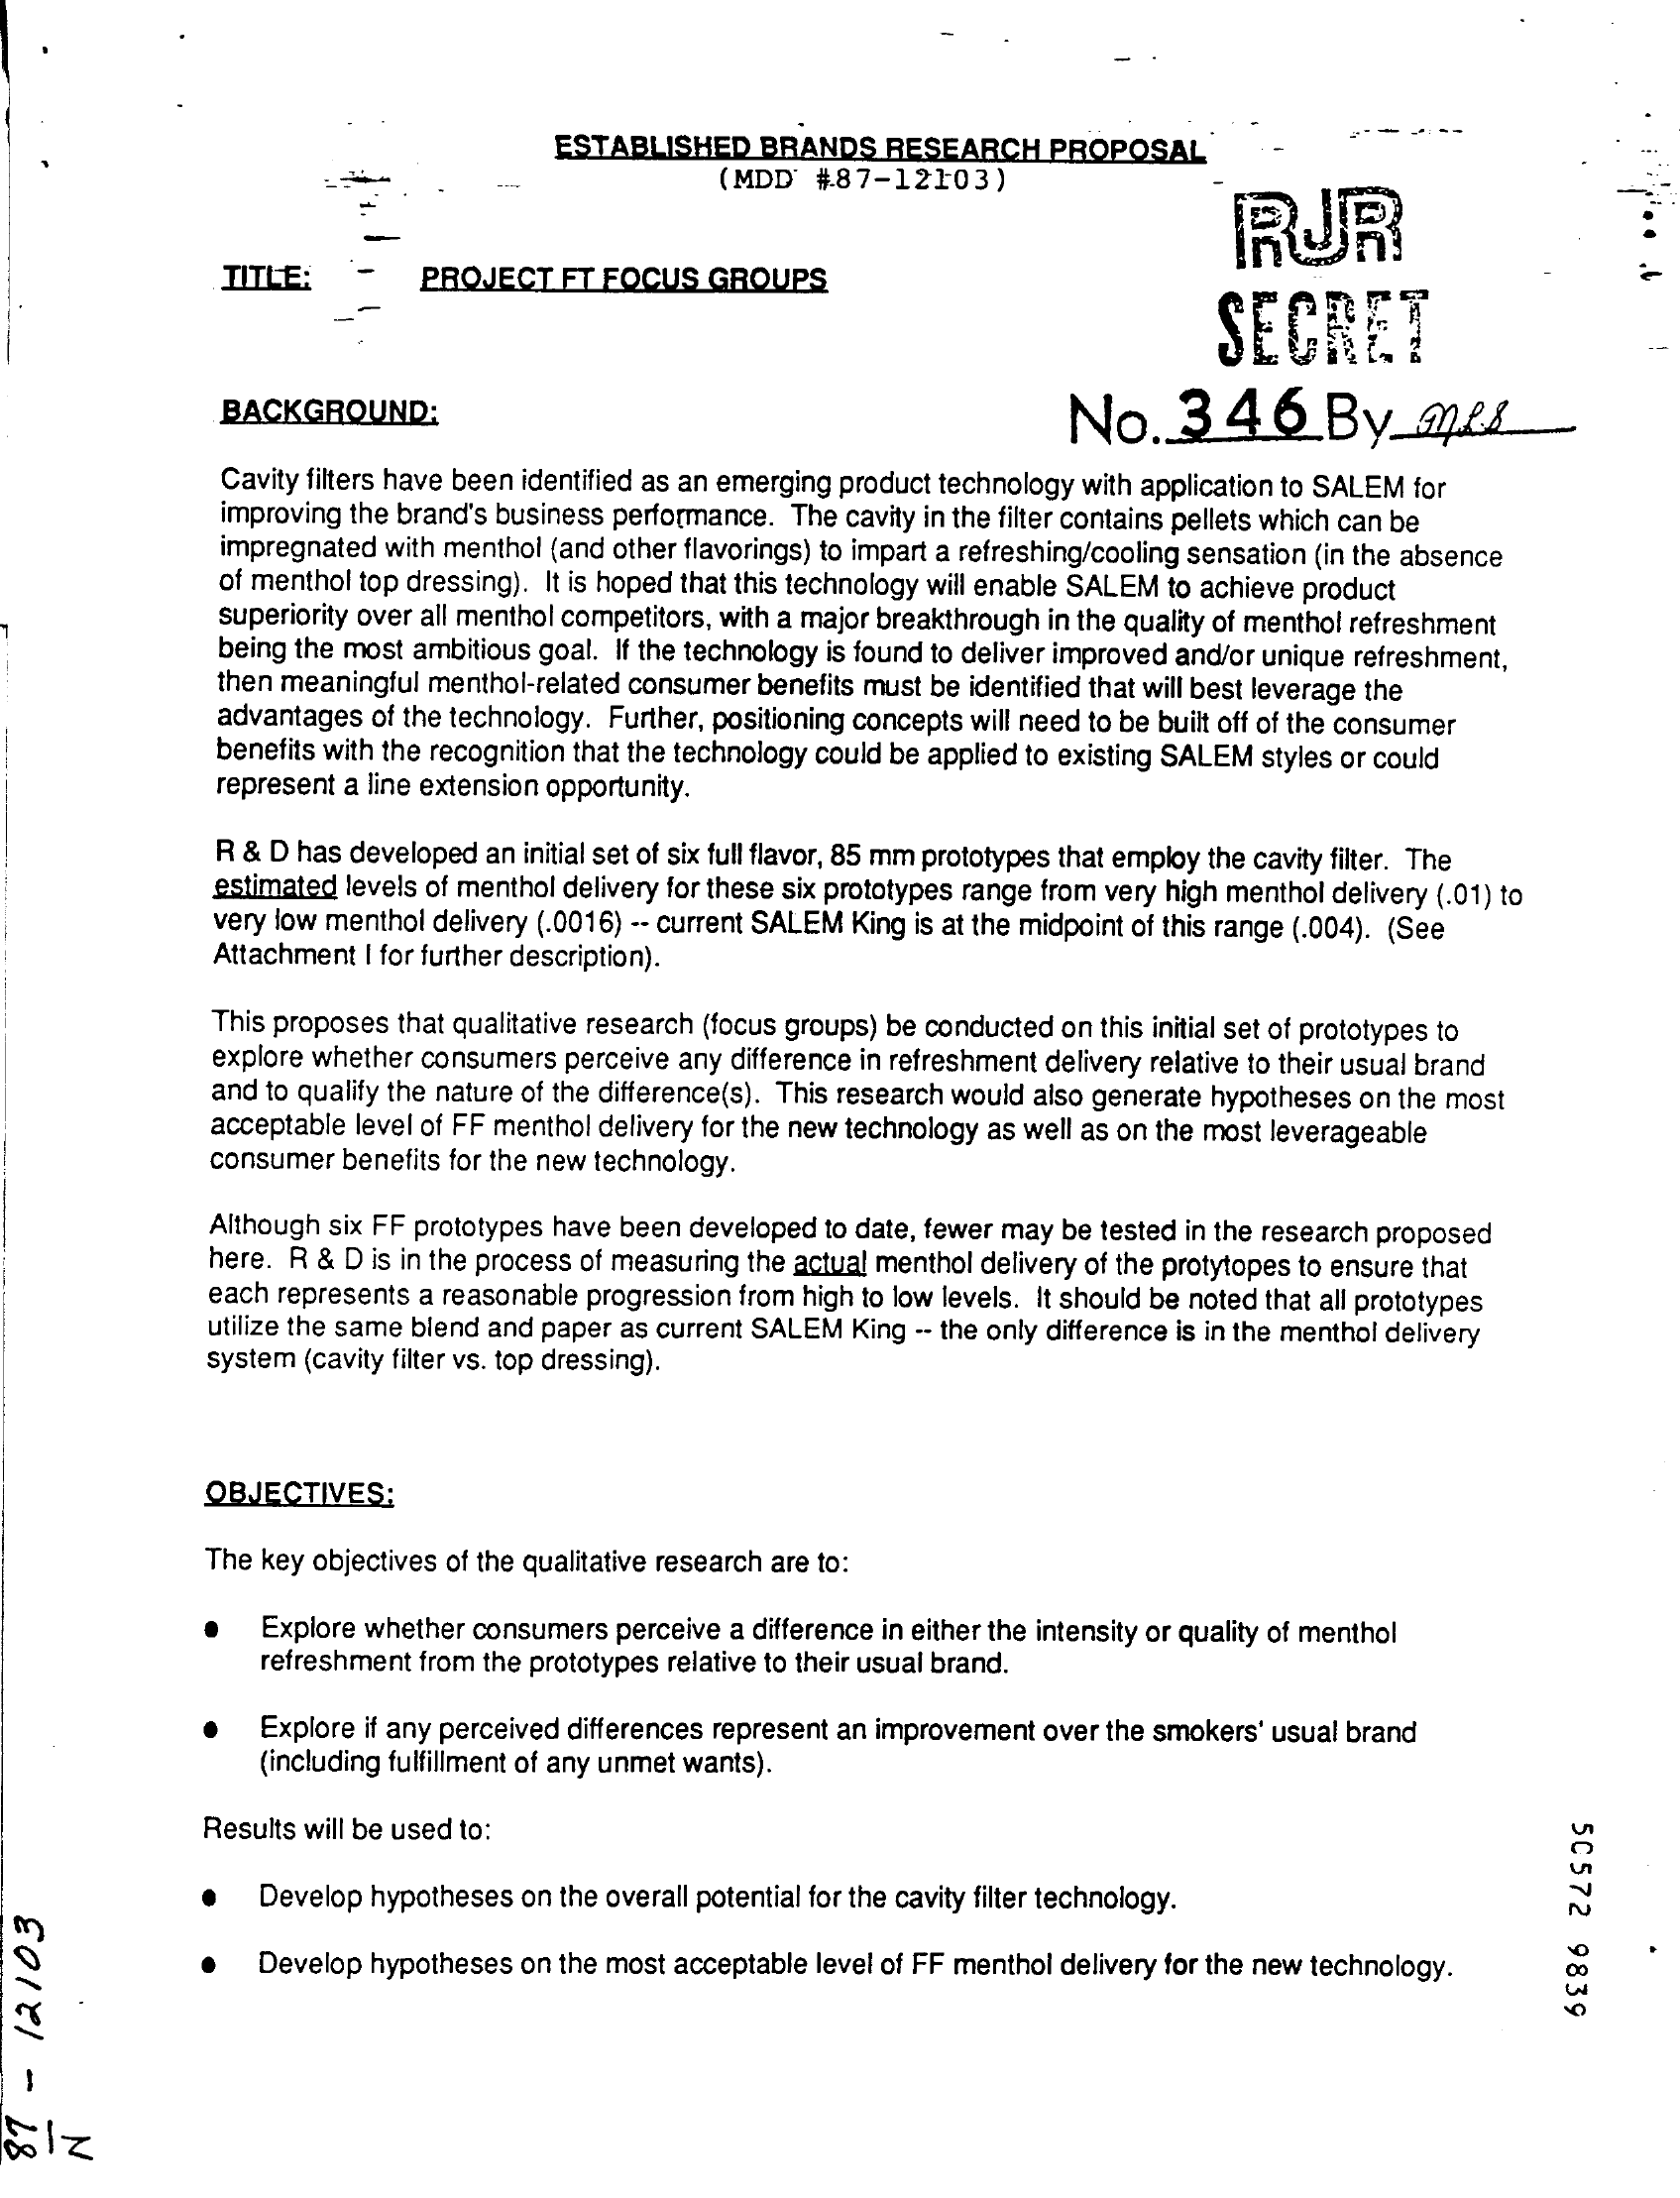
ESTABLISHED   BRANDS   RESEARCH   PROPOSAL
     -    (MDD' #87-12103)
     RJR
     TITLE:    PROJECT  FT FOCUS   GROUPS
     SECRET
     BACKGROUND:    No.    346    By_mes
     Cavity filters have been identified as an emerging product technology with application to SALEM for
     improving the brand's business performance. The cavity in the filter contains pellets which can be
     impregnated with menthol (and other flavorings) to impart a refreshing/cooling sensation (in the absence
     of menthol top dressing). It is hoped that this technology will enable SALEM to achieve product
     superiority over all menthol competitors, with a major breakthrough in the quality of menthol refreshment
     being the most ambitious goal. If the technology is found to deliver improved and/or unique refreshment,
     then meaningful menthol-related consumer benefits must be identified that will best leverage the
     advantages of the technology. Further, positioning concepts will need to be built off of the consumer
     benefits with the recognition that the technology could be applied to existing SALEM styles or could
     represent a line extension opportunity.
     R & D has developed an initial set of six full flavor, 85 mm prototypes that employ the cavity filter. The
     estimated levels of menthol delivery for these six prototypes range from very high menthol delivery (.01) to
     very low menthol delivery (.0016) -- current SALEM King is at the midpoint of this range (.004). (See
     Attachment I for further description).
     This proposes that qualitative research (focus groups) be conducted on this initial set of prototypes to
     explore whether consumers perceive any difference in refreshment delivery relative to their usual brand
     and to qualify the nature of the difference(s). This research would also generate hypotheses on the most
     acceptable level of FF menthol delivery for the new technology as well as on the most leverageable
     consumer benefits for the new technology.
     Although six FF prototypes have been developed to date, fewer may be tested in the research proposed
     here. R & D is in the process of measuring the actual menthol delivery of the protytopes to ensure that
     each represents a reasonable progression from high to low levels. It should be noted that all prototypes
     utilize the same blend and paper as current SALEM King -- the only difference is in the menthol delivery
     system (cavity filter vs. top dressing).
     OBJECTIVES:
     The key objectives of the qualitative research are to:
     Explore whether consumers perceive a difference in either the intensity or quality of menthol
     refreshment from the prototypes relative to their usual brand.
     Explore if any perceived differences represent an improvement over the smokers' usual brand
     (including fulfillment of any unmet wants).
     Results will be used to:
     50572
     9839
     Develop hypotheses on the overall potential for the cavity filter technology.
     Develop hypotheses on the most acceptable level of FF menthol delivery for the new technology.
  81
  -
  12103